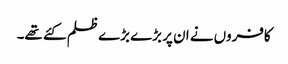
کافروں نے ان پر بڑے بڑے ظلم کئے تھے۔